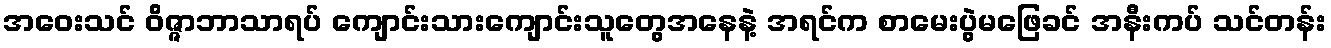
အဝေးသင် ဝိဇ္ဇာဘာသာရပ် ကျောင်းသားကျောင်းသူတွေအနေနဲ့ အရင်က စာမေးပွဲမဖြေခင် အနီးကပ် သင်တန်း